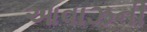
આવાઝની